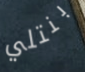
بنتلي